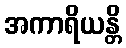
အကာရိယန္တိ